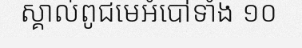
ស្គាល់ពូជមេអំបៅទាំង ១០